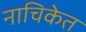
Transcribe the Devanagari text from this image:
नाचिकेत